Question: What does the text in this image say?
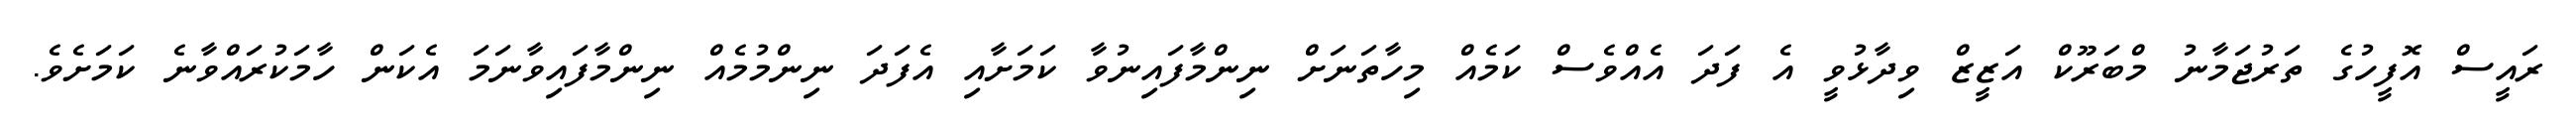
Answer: ރައީސް އޮފީހުގެ ތަރުޖަމާނު މްބަރޫކް އަޒީޒް ވިދާޅުވީ އެ ފަދަ އެއްވެސް ކަމެއް މިހާތަނަށް ނިންމާފައިނުވާ ކަމަށާއި އެފަދަ ނިންމުމެއް ނިންމާފައިވާނަމަ އެކަން ހާމަކުރައްވާނެ ކަމަށެވެ.